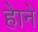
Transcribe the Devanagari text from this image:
हेाने